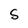
Character: S